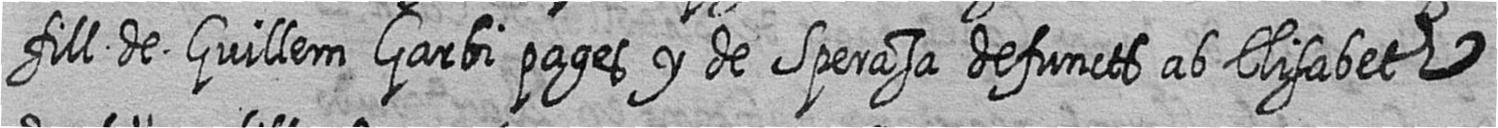
fill de Guillem Garbi pages y de Sperasa defuncts ab Elisabeth